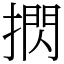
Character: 㨛